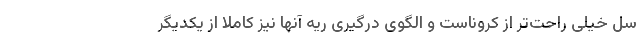
سل خیلی راحت‌تر از کروناست و الگوی درگیری ریه آنها نیز کاملا از یکدیگر